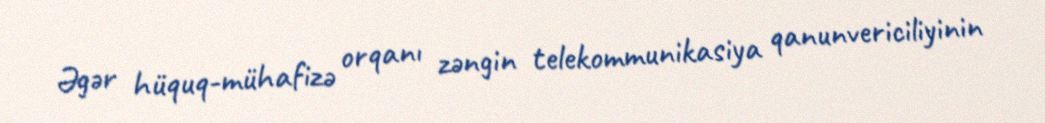
Əgər hüquq-mühafizə orqanı zəngin telekommunikasiya qanunvericiliyinin